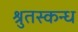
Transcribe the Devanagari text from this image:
श्रुतस्कन्ध